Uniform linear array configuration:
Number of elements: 32
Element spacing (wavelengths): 1
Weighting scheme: hamming
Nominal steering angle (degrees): -30
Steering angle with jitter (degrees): -31.006
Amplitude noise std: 0.05
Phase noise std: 0.05

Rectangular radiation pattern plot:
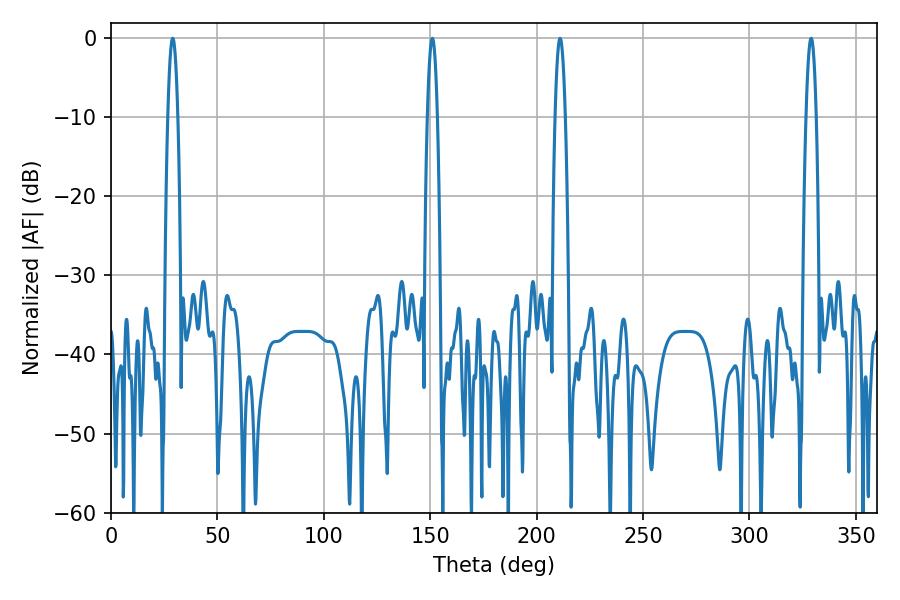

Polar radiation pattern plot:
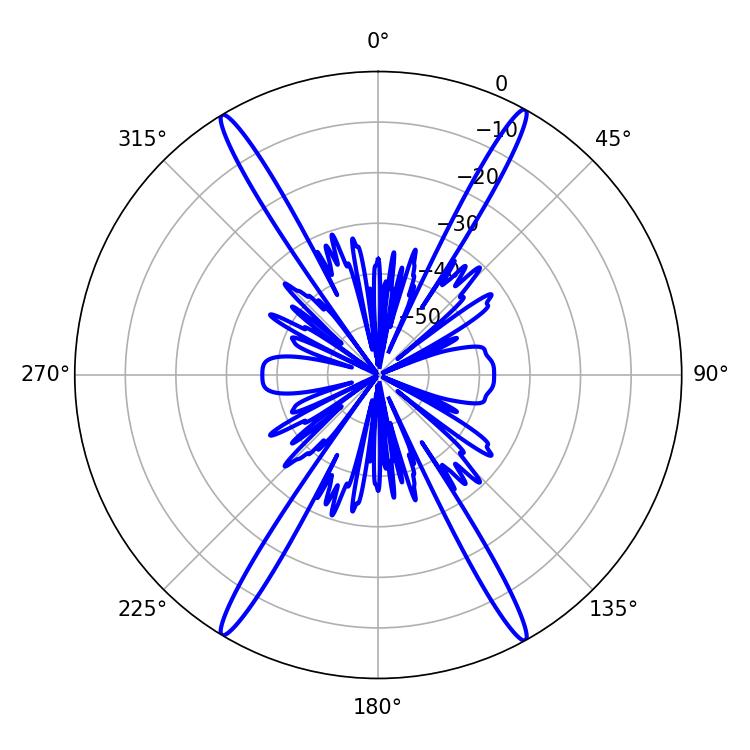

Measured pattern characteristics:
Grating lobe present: TRUE
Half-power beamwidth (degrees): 2.52
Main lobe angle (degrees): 28.98